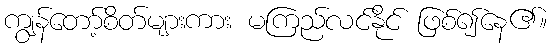
ကျွန်တော့်စိတ်များကား မကြည်လင်နိုင် ဖြစ်၍နေ၏။